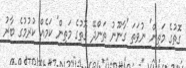
ގޮތުގެ މަތިން' ނުވަތަ 'ގާނޫނު ތަންދޭ ގޮތުގެ މަތިން' ކަމެއް ކުރުމުގެ ބާރު